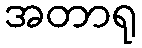
အတာရု